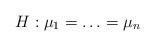
LaTeX: \begin{align*}H: \mu_1=\ldots =\mu_n\end{align*}